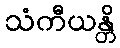
သံကီယန္တိ